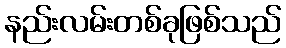
နည်းလမ်းတစ်ခုဖြစ်သည်